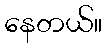
နေတယ်။